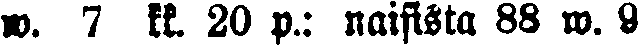
w. 7 kk. 20 p.: naisista 88 w. 9